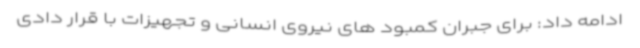
ادامه داد: برای جبران کمبود های نیروی انسانی و تجهیزات با قرار دادی